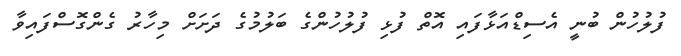
ފުލުހުން ބުނީ އެސިޑްއަޅާފައި އޮތް ފުޅި ފުލުހުންގެ ބަލުމުގެ ދަށަށް މިހާރު ގެންގޮސްފައިވާ